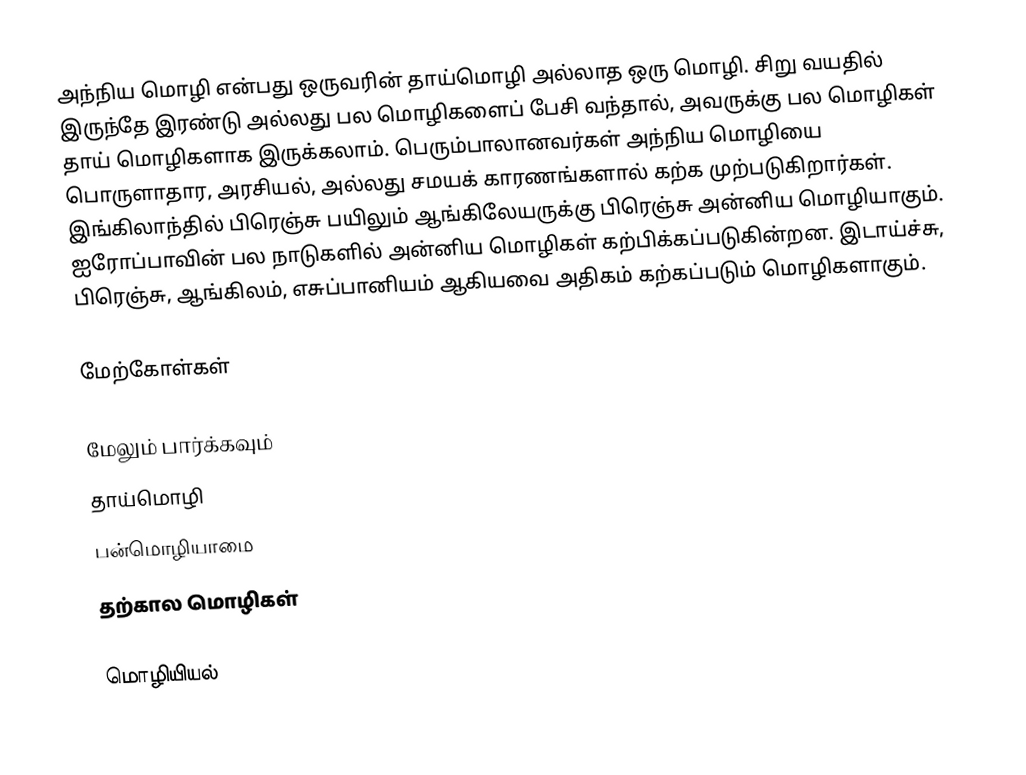
அந்நிய மொழி என்பது ஒருவரின் தாய்மொழி அல்லாத ஒரு மொழி. சிறு வயதில் இருந்தே இரண்டு அல்லது பல மொழிகளைப் பேசி வந்தால், அவருக்கு பல மொழிகள் தாய் மொழிகளாக இருக்கலாம். பெரும்பாலானவர்கள் அந்நிய மொழியை பொருளாதார, அரசியல், அல்லது சமயக் காரணங்களால் கற்க முற்படுகிறார்கள். இங்கிலாந்தில் பிரெஞ்சு பயிலும் ஆங்கிலேயருக்கு பிரெஞ்சு அன்னிய மொழியாகும். ஐரோப்பாவின் பல நாடுகளில் அன்னிய மொழிகள் கற்பிக்கப்படுகின்றன. இடாய்ச்சு, பிரெஞ்சு, ஆங்கிலம், எசுப்பானியம் ஆகியவை அதிகம் கற்கப்படும் மொழிகளாகும்.

மேற்கோள்கள்

மேலும் பார்க்கவும்
 தாய்மொழி
 பன்மொழியாமை
 தற்கால மொழிகள்

மொழியியல்